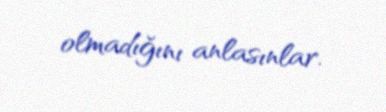
olmadığını anlasınlar.